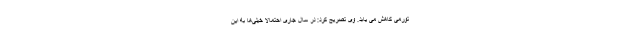
تورمی کاهش می یابد. وی تصریح کرد: در سال جاری احتمالا خیلی‌ها به این